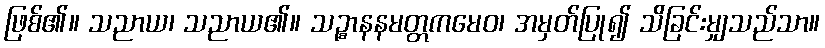
ဖြစ်၏။ သညာယ၊ သညာယ၏။ သဉ္စာနနမတ္တကမေဝ၊ အမှတ်ပြု၍ သိခြင်းမျှသည်သာ။